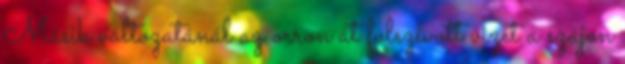
Másik változatánál az orron át fölszívott vizet a szájon